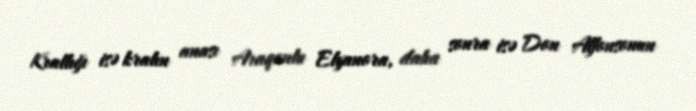
Krallığı isə kralın anası Araqonlu Elyanora, daha sonra isə Don Alfonsonun